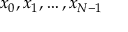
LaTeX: x _ { 0 } , x _ { 1 } , \ldots , x _ { N - 1 }